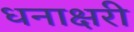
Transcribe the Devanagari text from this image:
धनाक्षरी